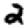
Digit: 2